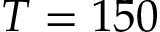
T = 1 5 0